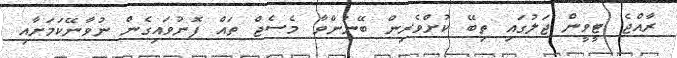
ރާއްޖެ ޓީވީން ޖަލުގައި ތިބޭ ކުށްވެރިން ބޭނުންވާ މެސެޖް ތައް ފޮނުވައިގެން ނުވާނޭކަމަށާއި